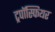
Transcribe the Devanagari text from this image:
ट्रपॉस्फियर